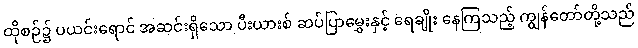
ထိုစဉ်၌ ပယင်းရောင် အဆင်းရှိသော ပီးယားစ် ဆပ်ပြာမွှေးနှင့် ရေချိုး နေကြသည့် ကျွန်တော်တို့သည်